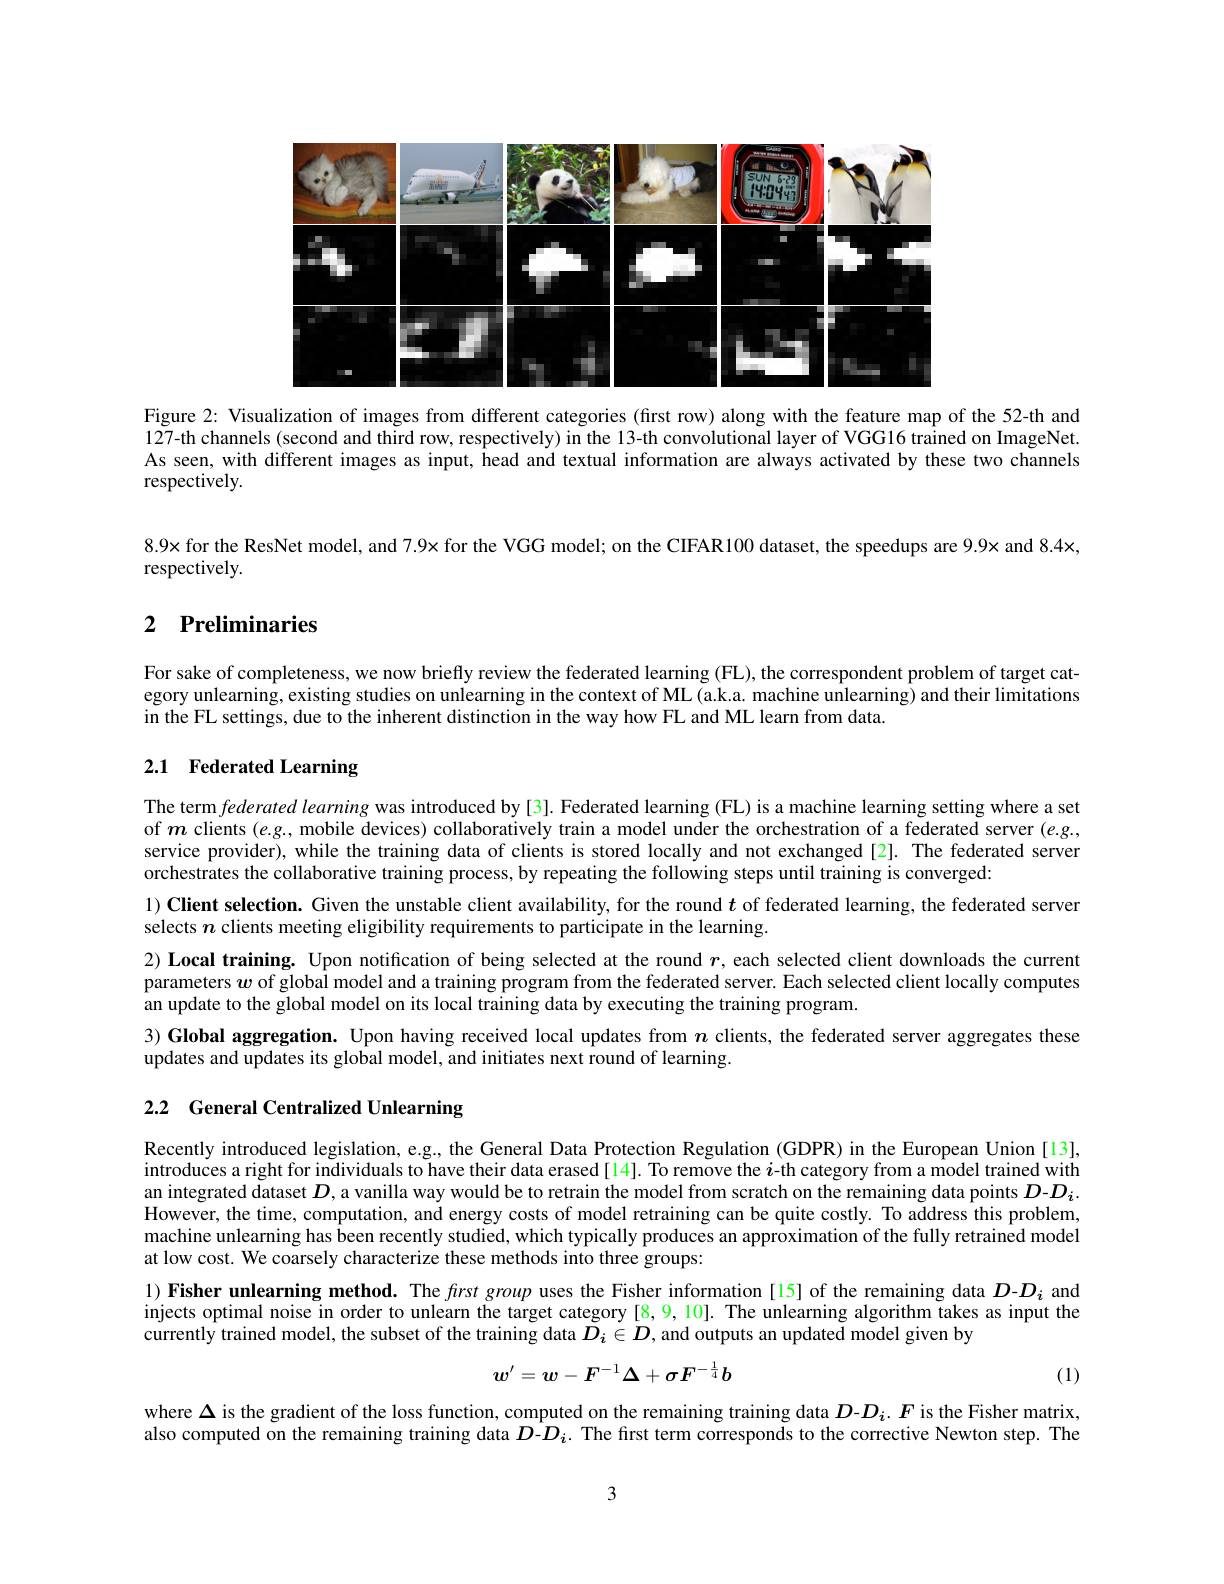
<FigureHere>

Figure 2: Visualization of images from different categories (first row) along with the feature map of the 52-th and 127-th channels (second and third row, respectively) in the 13-th convolutional layer of VGG16 trained on ImageNet As seen, with different images as input, head and textual information are always activated by these two channels respectively.

$8.9\times$for the ResNet model, and 7.9× for the VGG model; on the CIFAR100 dataset, the speedups are 9.9× and 8.4×,
respectively.

## 2 $\textbf{Preliminaries}$

For sake of completeness, we now briefly review the federated learning (FL), the correspondent problem of target category unlearning, existing studies on unlearning in the context of ML (a.k.a. machine unlearning) and their limitations in the FL settings, due to the inherent distinction in the way how FL and ML learn from data.

## 2.1 Federated Learning

The term federated learning was introduced by [3]. Federated learning (FL) is a machine learning setting where a set of $m$ clients $(e.g.$, mobile devices) collaboratively train a model under the orchestration of a federated server $(e.g..$ service provider), while the training data of clients is stored locally and not exchanged[2]. The federated server orchestrates the collaborative training process, by repeating the following steps until training is converged:
$1) \textbf{ Client selection. Given the unstable client availability, for the round }t$ of federated learning, the federated server
selects $n$ clients meeting eligibility requirements to participate in the learning.
2) Local training. Upon notification of being selected at the round $r$, each selected client downloads the current parameters $w$ of global model and a training program from the federated server. Each selected client locally computes an update to the global model on its local training data by executing the training program.
3) Global aggregation. Upon having received local updates from $n$ clients, the federated server aggregates these
updates and updates its global model, and initiates next round of learning.

# 2.2 General Centralized Unlearning

Recently introduced legislation, e.g., the General Data Protection Regulation (GDPR) in the European Union [13], introduces a right for individuals to have their data erased [14]. To remove the $i$-th category from a model trained with an integrated dataset $D$, a vanilla way would be to retrain the model from scratch on the remaining data points $D$-$D_i$ However, the time, computation, and energy costs of model retraining can be quite costly. To address this problem, machine unlearning has been recently studied, which typically produces an approximation of the fully retrained model at low cost. We coarsely characterize these methods into three groups:

1) Fisher unlearning method. The first group uses the Fisher information[15] of the remaining data $D$-$D_i$ and injects optimal noise in order to unlearn the target category [8,9,10]. The unlearning algorithm takes as input the currently trained model, the subset of the training data $D_i\in D$, and outputs an updated model given by
$$w^{\prime}=w-F^{-1}\Delta+\sigma F^{-\frac{1}{4}}b$$
(1)

where $\Delta$ is the gradient of the loss function, computed on the remaining training data $D$-$D_i.F$ is the Fisher matrix, also computed on the remaining training data $D$-$D_i$. The first term corresponds to the corrective Newton step. The

3